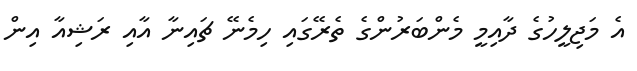
އެ މަޖިލީހުގެ ދާއިމީ މެންބަރުންގެ ތެރޭގައި ހިމެނޭ ޗައިނާ އާއި ރަޝިއާ އިން